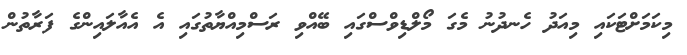
މިކަމަށްޓަކައި މިއަދު ހެނދުނު މެގަ މޯލްޑިވްސްގައި ބޭއްވި ރަސްމިއްޔާތުގައި އެ އެއާލައިންގެ ފަރާތުން